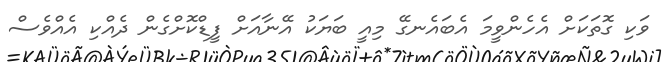
ވަކި ގޮތަކަށް އެހެންވީމަ އެބައެނގޭ މިއީ ބަޔަކު އޭނާއަށް ފީޑްކޮށްގެން ދެއްކި އެއްވެސް